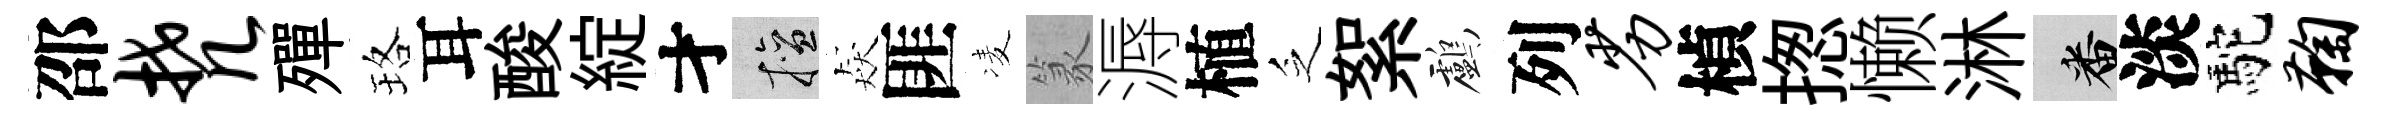
邵梵殫珞耳酸綻才擅猋匪凌篆溽植乏絮鸕列劣楨揔懒淋番淡駝鞠